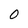
Character: 0